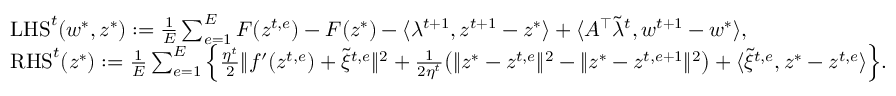
\begin{array} { r l } & { \mathrm { L H S } ^ { t } ( w ^ { * } , z ^ { * } ) : = \frac { 1 } { E } \sum _ { e = 1 } ^ { E } F ( z ^ { t , e } ) - F ( z ^ { * } ) - \langle \lambda ^ { t + 1 } , z ^ { t + 1 } - z ^ { * } \rangle + \langle A ^ { \top } \tilde { \lambda } ^ { t } , w ^ { t + 1 } - w ^ { * } \rangle , } \\ & { \mathrm { R H S } ^ { t } ( z ^ { * } ) : = \frac { 1 } { E } \sum _ { e = 1 } ^ { E } \Big \{ \frac { \eta ^ { t } } { 2 } \| f ^ { \prime } ( z ^ { t , e } ) + \tilde { \xi } ^ { t , e } \| ^ { 2 } + \frac { 1 } { 2 \eta ^ { t } } \big ( \| z ^ { * } - z ^ { t , e } \| ^ { 2 } - \| z ^ { * } - z ^ { t , e + 1 } \| ^ { 2 } \big ) + \langle \tilde { \xi } ^ { t , e } , z ^ { * } - z ^ { t , e } \rangle \Big \} . } \end{array}